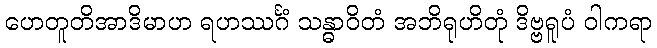
ဟေတူတိအာဒိမာဟ ရဟဿင်္ဂံ သန္ဓာဝိတံ အဘိရုဟိတုံ ဒိဗ္ဗရူပံ ဝါကရာ